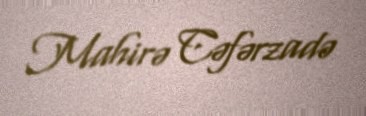
Mahirə Cəfərzadə